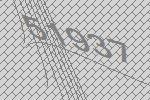
51937